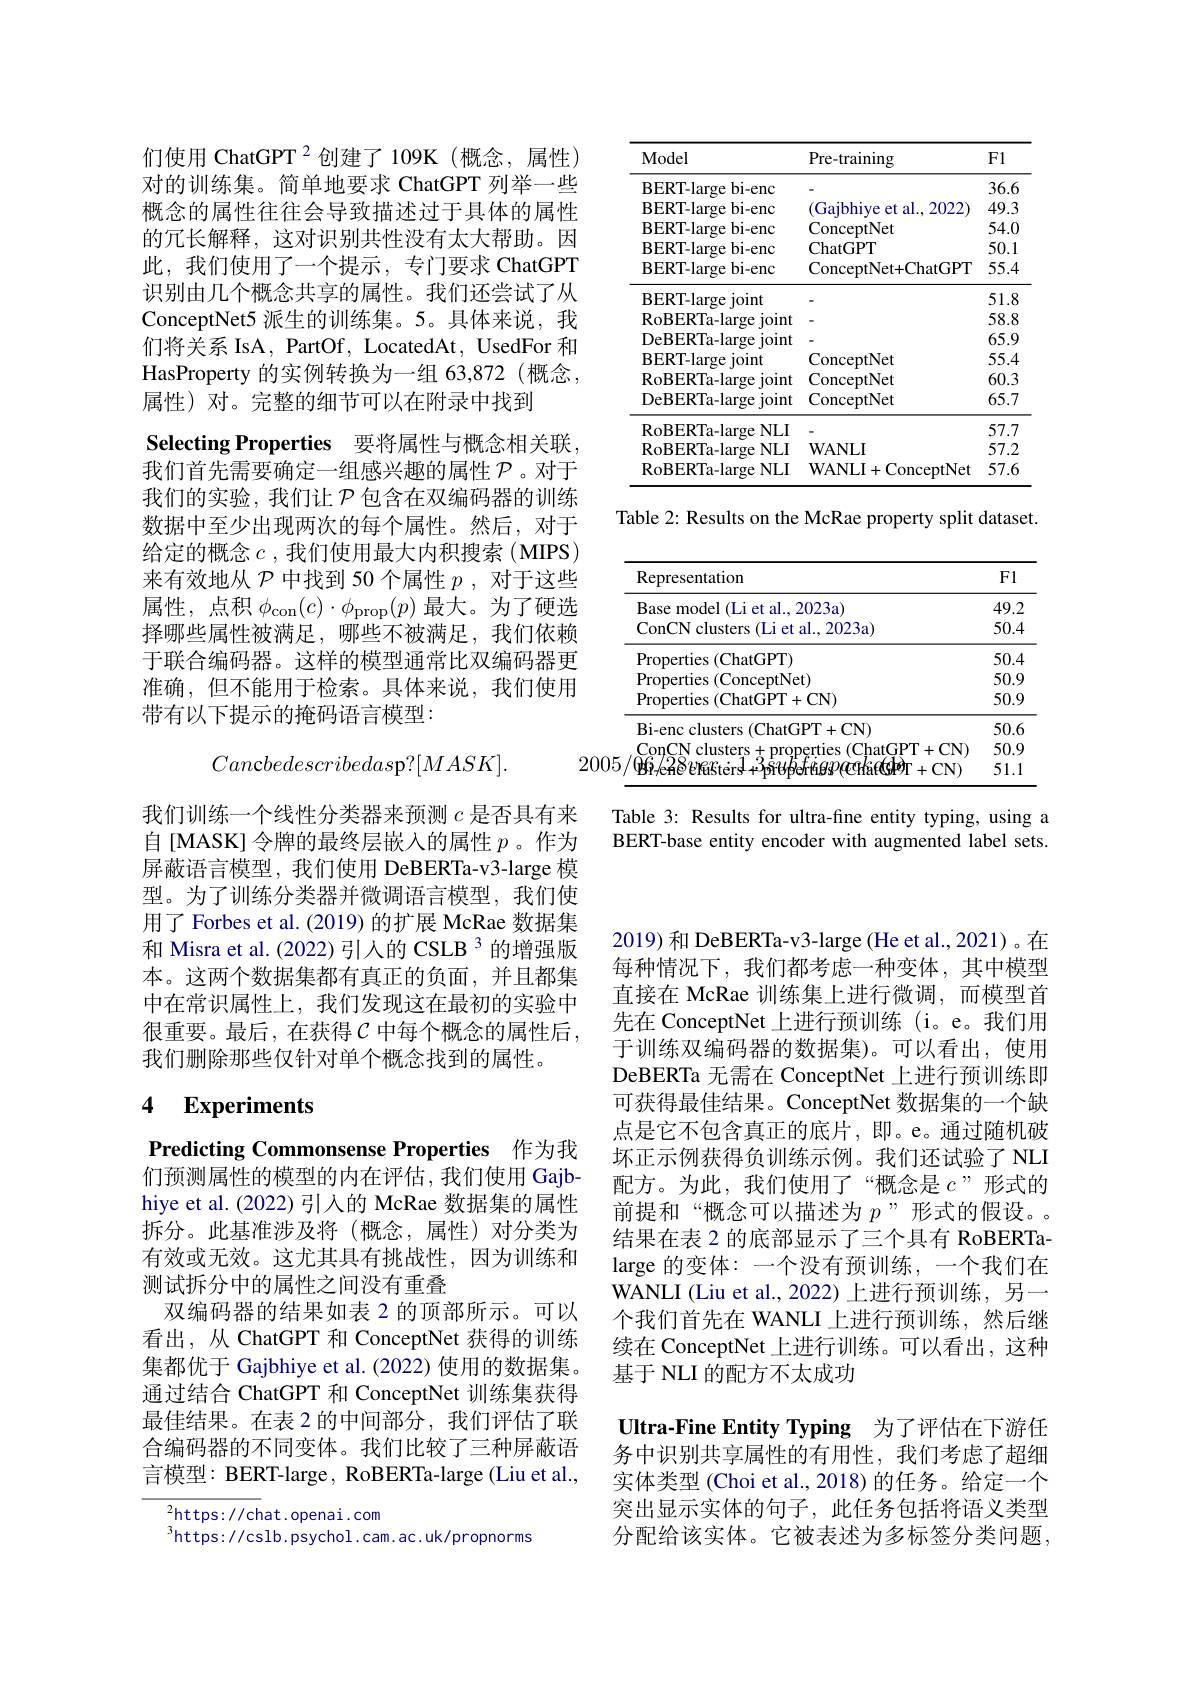
们使用 ChatGPT $^{2}$创建了 109K(概念，属性) 对的训练集。简单地要求 ChatGPT 列举一些概念的属性往往会导致描述过于具体的属性的冗长解释，这对识别共性没有太大帮助。因此，我们使用了一个提示，专门要求 ChatGPT 识别由几个概念共享的属性。我们还尝试了从ConceptNet5 派生的训练集。5。具体来说，我们将关系 IsA, PartOf, LocatedAt, UsedFor 和HasProperty 的实例转换为一组 63,872(概念， 属性) 对。完整的细节可以在附录中找到
Selecting Properties 要将属性与概念相关联， 我们首先需要确定一组感兴趣的属性$\mathcal{P}$ 。对于我们的实验，我们让$\mathcal{P}$包含在双编码器的训练数据中至少出现两次的每个属性。然后，对于给定的概念$c$ ,我们使用最大内积搜索 (MIPS) 来有效地从$\mathcal{P}$中找到 50 个属性$p$,对于这些属性，点积$\phi_\mathrm{con}(c)\cdot\phi_\mathrm{prop}(p)$最大。为了硬选择哪些属性被满足，哪些不被满足，我们依赖于联合编码器。这样的模型通常比双编码器更准确，但不能用于检索。具体来说，我们使用带有以下提示的掩码语言模型：

Cancbedescribedasp?$[MASK].$

我们训练一个线性分类器来预测$c$是否具有来自[MASK] 令牌的最终层嵌入的属性$p$ 。作为屏蔽语言模型，我们使用 DeBERTa-v3-large 模型。为了训练分类器并微调语言模型，我们使用了 Forbes et al. (2019) 的扩展 McRae 数据集和 Misra et al. (2022)引人的 CSLB 3 的增强版本。这两个数据集都有真正的负面，并且都集中在常识属性上，我们发现这在最初的实验中很重要。最后，在获得$\mathcal{C}$ 中每个概念的属性后， 我们删除那些仅针对单个概念找到的属性。

## 4 $\mathbf{Experiments}$

Predicting Commonsense Properties 作为我们预测属性的模型的内在评估，我们使用 Gajbhiye et al. (2022) 引入的 McRae 数据集的属性拆分。此基准涉及将(概念，属性)对分类为有效或无效。这尤其具有挑战性，因为训练和测试拆分中的属性之间没有重叠
双编码器的结果如表 2 的顶部所示。可以看出，从 ChatGPT 和 ConceptNet 获得的训练集都优于 Gajbhiye et al. (2022) 使用的数据集。通过结合 ChatGPT 和 ConceptNet 训练集获得最佳结果。在表 2 的中间部分，我们评估了联合编码器的不同变体。我们比较了三种屏蔽语言模型：BERT-large, RoBERTa-large(Liu et al.,

$^{2}$https://chat.openai.com
$^{3}$https://cslb.psychol.cam.ac.uk/propnorms

<table>
	<tbody>
		<tr>
			<th>Model</th>
			<th>Pre-training</th>
			<th>F1</th>
		</tr>
		<tr>
			<td>BERT-large </td>
			<td> </td>
			<td>36.6</td>
		</tr>
		<tr>
			<td>BERT-large $bi-enc$ 11</td>
			<td>Gajbhiye et al., 2022</td>
			<td>49.3</td>
		</tr>
		<tr>
			<td>BERT-large $bi-enc$ 11</td>
			<td>ConceptNet</td>
			<td>54.0</td>
		</tr>
		<tr>
			<td>BERT-large $bi-enc$</td>
			<td>ChatGPT</td>
			<td>50. L</td>
		</tr>
		<tr>
			<td>BERT- large ${\mathbf{c}}{\mathbf{b}}{\mathbf{i}}{-\mathbf{e}}{\mathbf{n}}{\mathbf{c}}$</td>
			<td>ConceptNet+ ChatGPT</td>
			<td>55.4</td>
		</tr>
		<tr>
			<td>BERT-large joint</td>
			<td> </td>
			<td>51.8</td>
		</tr>
		<tr>
			<td>RoBERTa- large i joint</td>
			<td> </td>
			<td>58.8</td>
		</tr>
		<tr>
			<td>DeBERTa-large joint 21</td>
			<td> </td>
			<td>65.9</td>
		</tr>
		<tr>
			<td>BERT-large $\varepsilon$ joint</td>
			<td>ConceptNet</td>
			<td>55.4</td>
		</tr>
		<tr>
			<td>RoBERTa- large i joint</td>
			<td>ConceptNet</td>
			<td>60.3</td>
		</tr>
		<tr>
			<td>DeBERTa-large joint</td>
			<td>ConceptNet</td>
			<td>65.7</td>
		</tr>
		<tr>
			<td>RoBERTa- large NLI</td>
			<td> </td>
			<td>57.7</td>
		</tr>
		<tr>
			<td>RoBERTa- large NLI</td>
			<td>$\mathbf{WANLI}$</td>
			<td>57.2</td>
		</tr>
		<tr>
			<td>RoBERTa- large NLI</td>
			<td>WANLI+ConceptNet</td>
			<td>57.6</td>
		</tr>
	</tbody>
</table>

Table 2: Results on the McRae property split dataset.

<table>
	<tbody>
		<tr>
			<th>Representation</th>
			<th>F1</th>
		</tr>
		<tr>
			<td>Base model ( Li et al. , 2023a) </td>
			<td>49.2</td>
		</tr>
		<tr>
			<td>ConCN clusters (Li et al., 2023a)</td>
			<td>50.4</td>
		</tr>
		<tr>
			<td>Properties ( ChatGPT) </td>
			<td>50.4</td>
		</tr>
		<tr>
			<td>Properties (ConceptNet)</td>
			<td>50.9</td>
		</tr>
		<tr>
			<td>Properties ( ChatGPT+ CN) </td>
			<td>50.9</td>
		</tr>
		<tr>
			<td>Bi- enc clusters ( ChatGPT+ CN) </td>
			<td>50.6</td>
		</tr>
		<tr>
			<td>ConCN clusters+ properties (ChatGPT+</td>
			<td>50.9</td>
		</tr>
		<tr>
			<td>$p_{\mathrm{e}}$he$q_{\mathrm{e}}$ ERESters+ $ertigsveratcop\Gamma+$</td>
			<td>51.1</td>
		</tr>
	</tbody>
</table>

Table 3: Results for ultra-fine entity typing, using a BERT-base entity encoder with augmented label sets.

2019) 和 DeBERTa-v3-large(He et al., 2021)。在每种情况下，我们都考虑一种变体，其中模型直接在 McRae 训练集上进行微调，而模型首先在 ConceptNet 上进行预训练 (i。e。我们用于训练双编码器的数据集)。可以看出，使用DeBERTa 无需在 ConceptNet 上进行预训练即可获得最佳结果。ConceptNet 数据集的一个缺点是它不包含真正的底片，即。e。通过随机破坏正示例获得负训练示例。我们还试验了 NLI 配方。为此，我们使用了“概念是$c$”形式的前提和“概念可以描述为$p$”形式的假设。结果在表 2 的底部显示了三个具有 RoBERTalarge 的变体：一个没有预训练，一个我们在WANLI (Liu et al., 2022) 上进行预训练，另一个我们首先在 WANLI 上进行预训练，然后继续在 ConceptNet 上进行训练。可以看出，这种基于 NLI 的配方不太成功

Ultra-Fine Entity Typing 为了评估在下游任务中识别共享属性的有用性，我们考虑了超细实体类型 (Choi et al., 2018) 的任务。给定一个突出显示实体的句子，此任务包括将语义类型分配给该实体。它被表述为多标签分类问题，